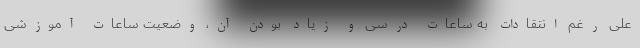
علی رغم انتقادات به ساعات درسی و زیاد بودن آن، وضعیت ساعات آموزشی